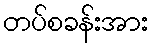
တပ်စခန်းအား